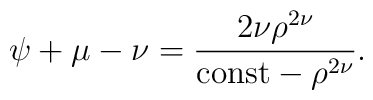
\psi+\mu-\nu=\frac{2\nu\rho^{2\nu}}{{\rm const}-\rho^{2\nu}}.